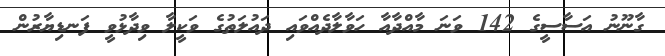
ގާނޫނު އަސާސީގެ 142 ވަނަ މާއްދާއާ ހަވާލާދެއްވައި ދައުލަތުގެ ވަކީލާ ވިދާޅުވީ ފަނޑިޔާރުން